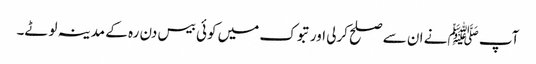
آپ ﷺنے ان سے صلح کرلی اور تبوک میں کوئی بیس دن رہ کے مدینہ لوٹے۔